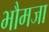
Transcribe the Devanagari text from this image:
भौमजा